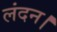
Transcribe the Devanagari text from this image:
लंदन।